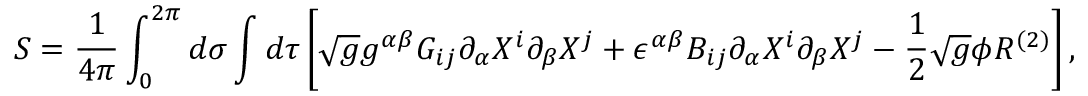
S = { \frac { 1 } { 4 \pi } } \int _ { 0 } ^ { 2 \pi } d \sigma \int d \tau \left[ \sqrt { g } g ^ { \alpha \beta } G _ { i j } \partial _ { \alpha } X ^ { i } \partial _ { \beta } X ^ { j } + \epsilon ^ { \alpha \beta } B _ { i j } \partial _ { \alpha } X ^ { i } \partial _ { \beta } X ^ { j } - { \frac { 1 } { 2 } } \sqrt { g } \phi { \cal R } ^ { ( 2 ) } \right] ,